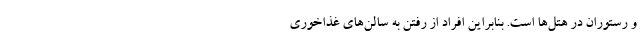
و رستوران در هتل‌ها است. بنابراین افراد از رفتن به سالن‌های غذاخوری